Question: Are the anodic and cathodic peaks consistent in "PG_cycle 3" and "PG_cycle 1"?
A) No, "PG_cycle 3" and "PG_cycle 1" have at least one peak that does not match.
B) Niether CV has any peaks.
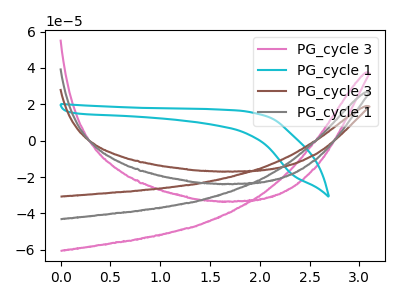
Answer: <think>The pink curve "PG_cycle 3" has no peaks. The cyan curve "PG_cycle 1" has no peaks. The brown curve "PG_cycle 3" has no peaks. The gray curve "PG_cycle 1" has no peaks.</think>
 <answer>B) Niether CV has any peaks.</answer>
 <eval>B</eval>